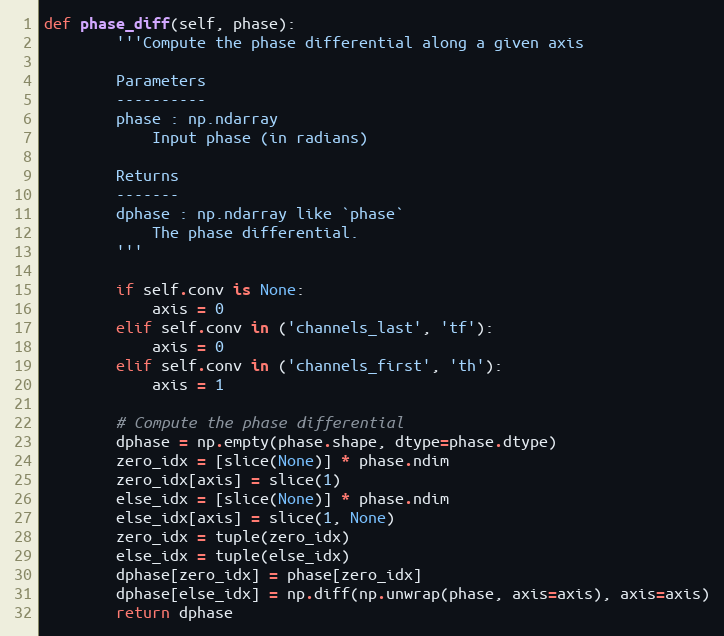
Language: Python
def phase_diff(self, phase):
        '''Compute the phase differential along a given axis

        Parameters
        ----------
        phase : np.ndarray
            Input phase (in radians)

        Returns
        -------
        dphase : np.ndarray like `phase`
            The phase differential.
        '''

        if self.conv is None:
            axis = 0
        elif self.conv in ('channels_last', 'tf'):
            axis = 0
        elif self.conv in ('channels_first', 'th'):
            axis = 1

        # Compute the phase differential
        dphase = np.empty(phase.shape, dtype=phase.dtype)
        zero_idx = [slice(None)] * phase.ndim
        zero_idx[axis] = slice(1)
        else_idx = [slice(None)] * phase.ndim
        else_idx[axis] = slice(1, None)
        zero_idx = tuple(zero_idx)
        else_idx = tuple(else_idx)
        dphase[zero_idx] = phase[zero_idx]
        dphase[else_idx] = np.diff(np.unwrap(phase, axis=axis), axis=axis)
        return dphase